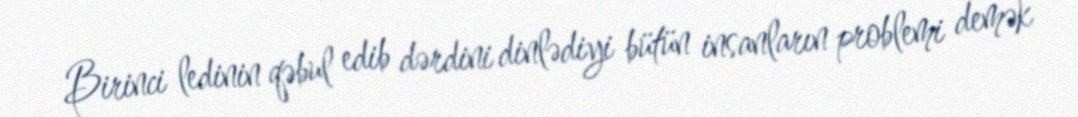
Birinci ledinin qəbul edib dərdini dinlədiyi bütün insanların problemi demək